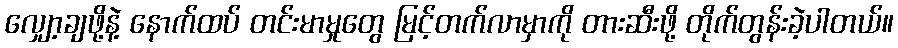
လျှော့ချဖို့နဲ့ နောက်ထပ် တင်းမာမှုတွေ မြင့်တက်လာမှာကို တားဆီးဖို့ တိုက်တွန်းခဲ့ပါတယ်။